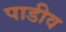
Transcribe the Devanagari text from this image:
पाडीव